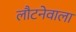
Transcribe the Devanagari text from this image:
लौटनेवाला